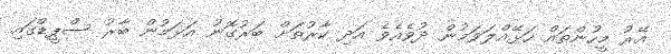
އޭރު މީހުންތައް ހަޅޭއްލަވަމުން ދުވެއެވެ އަދި ކާރުތަށް ބަރުގޮނު އަޅަމުން ބާރު ސްޕީޑްގައި